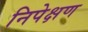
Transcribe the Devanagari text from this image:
निपेक्षण